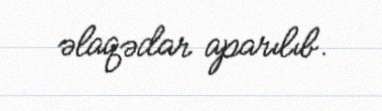
əlaqədar aparılıb.